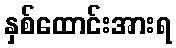
နှစ်ထောင်းအားရ